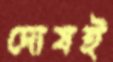
দোষই